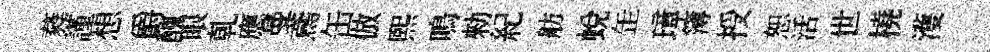
蕤謹想爵醜眼乹應曼鳶缶倣煕鳴勑紀舫蛻𦈢璋簿授恕活世橈濩